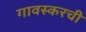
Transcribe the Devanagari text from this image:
गावस्करची